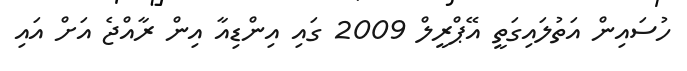
ހުސައިން އަތުލައިގަތީ އޭޕްރީލް 2009 ގައި އިންޑިއާ އިން ރާއްޖެ އަށް އައި